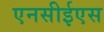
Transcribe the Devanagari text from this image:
एनसीईएस